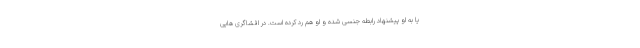
یا به او پیشنهاد رابطه جنسی شده و او هم رد کرده است. در افشاگری هایی